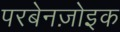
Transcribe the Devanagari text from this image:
परबेनज़ोइक